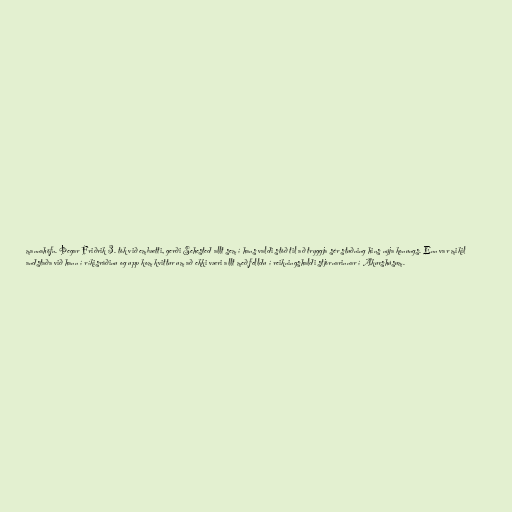
mannahöfn. Þegar Friðrik 3. tók við embætti, gerði Sehested allt sem í hans valdi stóð til að tryggja sér stuðning hins nýja konungs. Enn var mikil
andstaða við hann í ríkisráðinu og upp kom kvittur um að ekki væri allt með felldu í reikningshaldi stjórnarinnar í Akurshúsum.